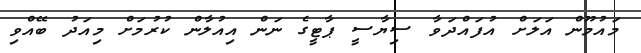
މައުމޫން އަލަށް އުފައްދަވާ ސިޔާސީ ޕާޓީގެ ނަން އިއުލާން ކުރުމަށް މިއަދު ބޭއްވި